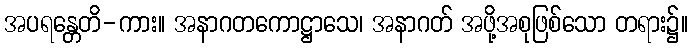
အပရန္တေတိ-ကား။ အနာဂတကောဋ္ဌာသေ၊ အနာဂတ် အဖို့အစုဖြစ်သော တရား၌။